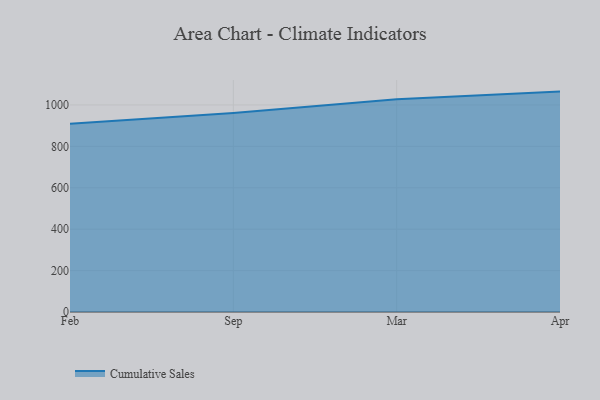
{"axis": {"x": "Month", "y": "Budget (USD K)"}, "legend": ["Cumulative Sales"], "data": [{"x": "Feb", "y": 908.7, "type": "Cumulative Sales"}, {"x": "Sep", "y": 961.2, "type": "Cumulative Sales"}, {"x": "Mar", "y": 1027.3, "type": "Cumulative Sales"}, {"x": "Apr", "y": 1064.5, "type": "Cumulative Sales"}]}